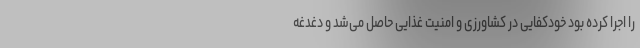
را اجرا کرده بود خودکفایی در کشاورزی و امنیت غذایی حاصل می‌شد و دغدغه